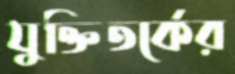
যুক্তিতর্কের